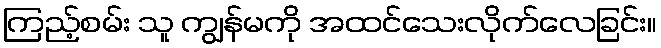
ကြည့်စမ်း သူ ကျွန်မကို အထင်သေးလိုက်လေခြင်း။